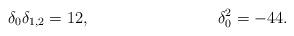
LaTeX: \begin{align*}\delta_0\delta_{1,2} &=12, & \delta_0^2 &= -44.\end{align*}